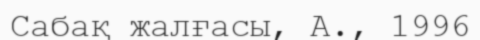
Сабақ жалғасы, А., 1996